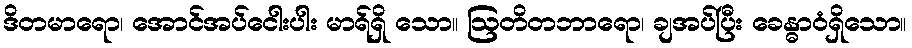
ဒိတမာရော၊ အောင်အပ်ငေါးပါး မာရ်ရှိ သော။ ဩတိတဘာရော၊ ချအပ်ပြီး ခေန္ဓာဝံရှိသော။